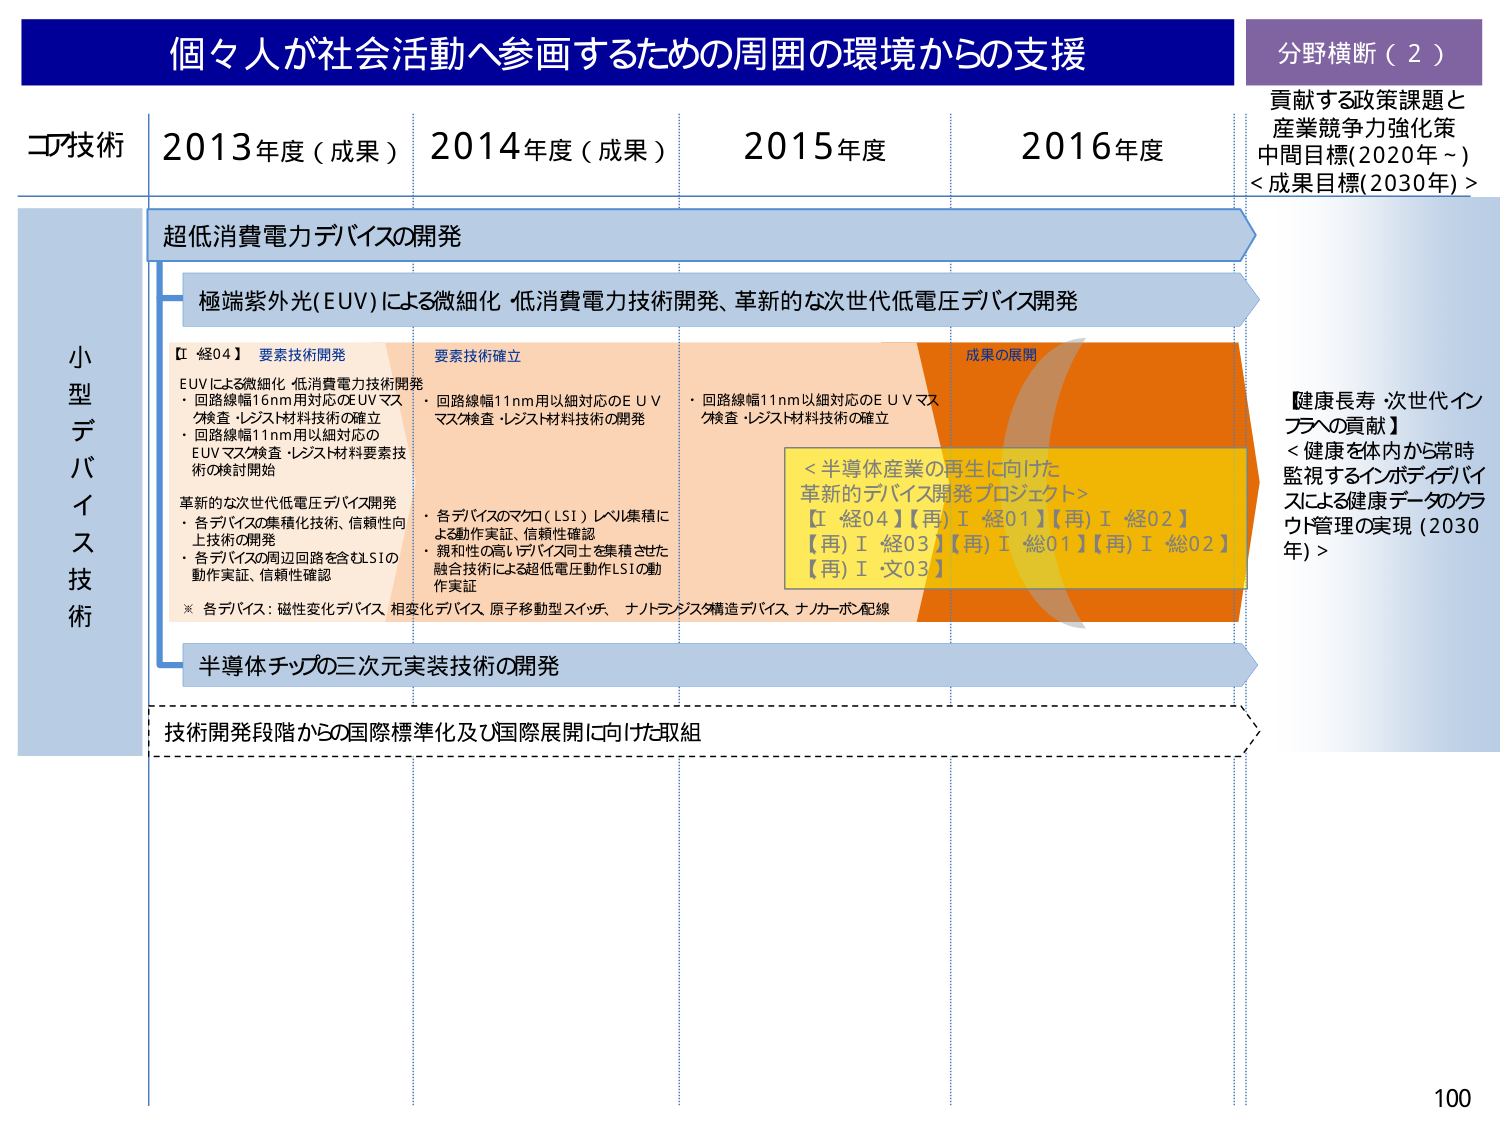
個々人が社会活動へ参画するための周囲の環境からの支援
分野横断（2）
貢献する政策課題と産業競争力強化策
中間目標(2020年～)
<成果目標(2030年)>

コア技術
2013年度（成果）
2014年度（成果）
2015年度
2016年度

小型デバイス技術

超低消費電力デバイスの開発

極端紫外光(EUV)による微細化・低消費電力技術開発、革新的な次世代低電圧デバイス開発

【I 経04】要素技術開発
EUVによる微細化・低消費電力技術開発
・回路線幅16nm用対応のEUVマスク検査・レジスト材料技術の確立
・回路線幅11nm用以細対応のEUVマスク検査・レジスト材料要素技術の検討開始

革新的な次世代低電圧デバイス開発
・各デバイスの集積化技術、信頼性向上技術の開発
・各デバイスの周辺回路を含むLSIの動作実証、信頼性確認

※ 各デバイス：磁性変化デバイス、相変化デバイス、原子移動型スイッチ、ナノトランジスタ構造デバイス、ナノカーボン配線

要素技術確立
・回路線幅11nm用以細対応のEUVマスク検査・レジスト材料技術の開発

・各デバイスのマクロ（LSI）レベル集積による動作実証、信頼性確認
・親和性の高いデバイス同士を集積させた融合技術による超低電圧動作LSIの動作実証

成果の展開
・回路線幅11nm以細対応のEUVマスク検査・レジスト材料技術の確立

＜半導体産業の再生に向けた革新的デバイス開発プロジェクト＞
【I 経04】【再)I 経01】【再)I 経02】
【再)I 経03】【再)I 総01】【再)I 総02】
【再)I 交03】

半導体チップの三次元実装技術の開発

技術開発段階からの国際標準化及び国際展開に向けた取組

【健康長寿・次世代インフラへの貢献】
＜健康を体内から常時監視するインボディデバイスによる健康データのクラウド管理の実現（2030年）＞

100